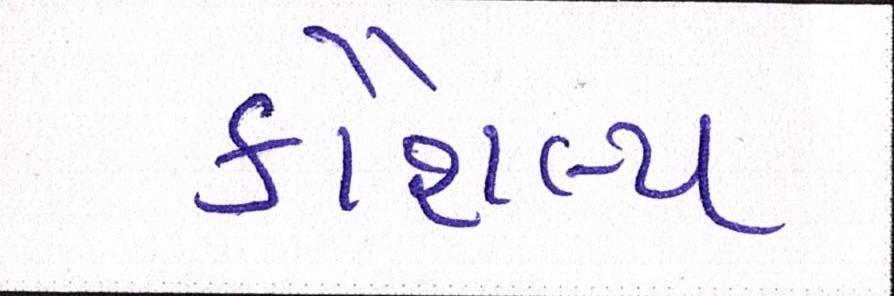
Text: કૌશલ્ય